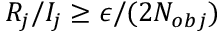
R _ { j } / I _ { j } \ge \epsilon / ( 2 N _ { o b j } )